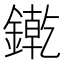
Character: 𨫬